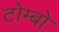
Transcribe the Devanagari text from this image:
टोम्बो